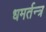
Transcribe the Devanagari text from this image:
धमर्तन्त्र